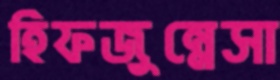
হিফজুন্নেসা